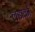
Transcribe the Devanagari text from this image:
लडाकों